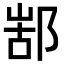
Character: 𨜋